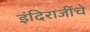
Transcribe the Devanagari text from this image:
इंदिराजींचे